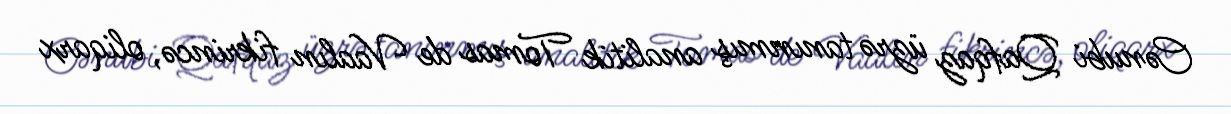
Cənubi Qafqaz üzrə tanınmış analitik Tomas de Vaalın fikrincə, oliqarx